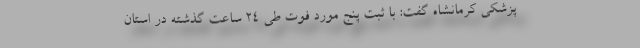
پزشکی کرمانشاه گفت: با ثبت پنج مورد فوت طی ۲۴ ساعت گذشته در استان